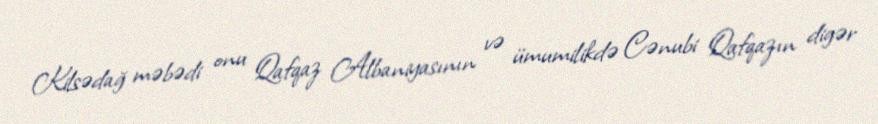
Kilsədağ məbədi onu Qafqaz Albaniyasının və ümumilikdə Cənubi Qafqazın digər